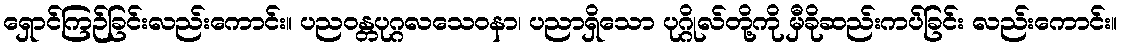
ရှောင်ကြဉ်ခြင်းလည်းကောင်း။ ပညဝန္တပုဂ္ဂလသေဝနာ၊ ပညာရှိသော ပုဂ္ဂိုလ်တို့ကို မှီခိုဆည်းကပ်ခြင်း လည်းကောင်း။